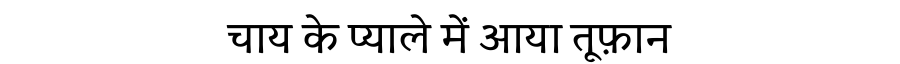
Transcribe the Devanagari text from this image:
चाय के प्याले में आया तूफ़ान